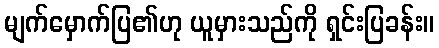
မျက်မှောက်ပြ၏ဟု ယူမှားသည်ကို ရှင်းပြခန်း။